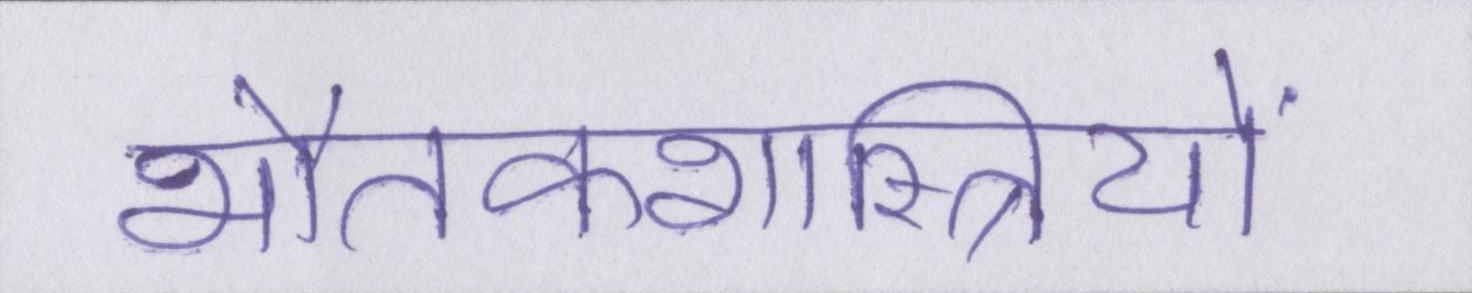
भौतकशास्त्रियों